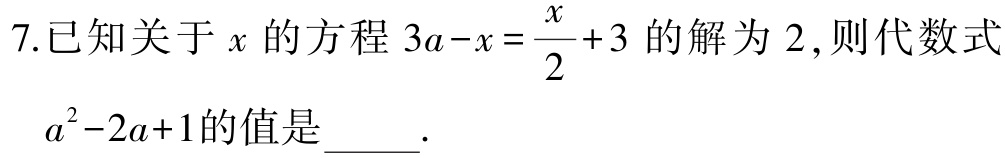
7.已知关于\(x\)的方程\(3a - x = \dfrac{x}{2}+3\)的解为\(2\),则代数式\(a^{2}-2a + 1\)的值是_____.